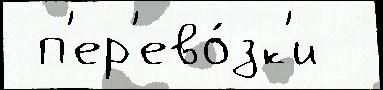
 п'ер'ево́зк'и